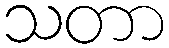
သတာ